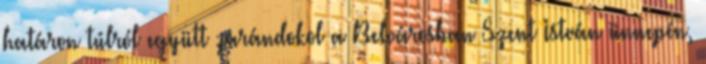
határon túlról együtt zarándokol a Belvárosban Szent István ünnepén,